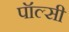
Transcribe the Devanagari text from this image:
पॉल्सी